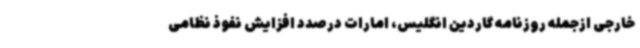
خارجی ازجمله روزنامه گاردین انگلیس، امارات درصدد افزایش نفوذ نظامی